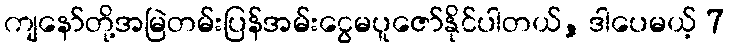
ကျနော်တို့အမြဲတမ်းပြန်အမ်းငွေမပူဇော်နိုင်ပါတယ်, ဒါပေမယ့် 7